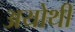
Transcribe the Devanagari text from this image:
अयोथी